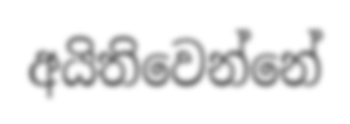
අයිතිවෙන්නේ